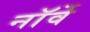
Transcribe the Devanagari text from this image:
नाॅर्वे